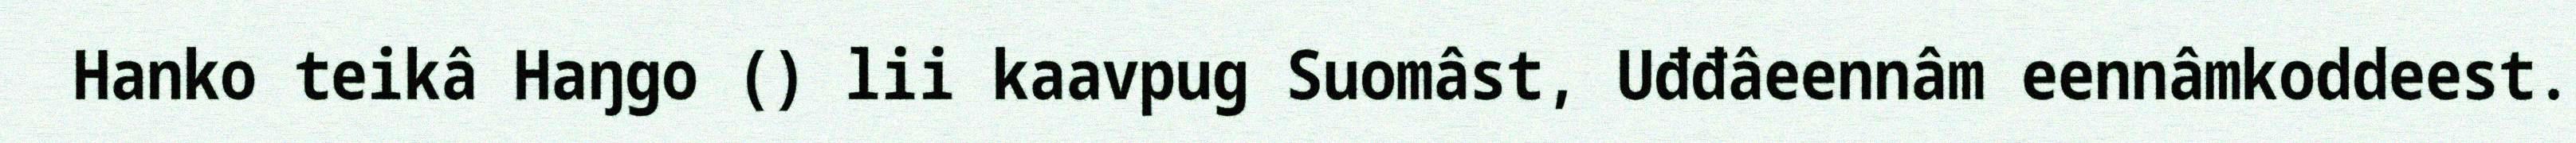
Hanko teikâ Haŋgo () lii kaavpug Suomâst, Uđđâeennâm eennâmkoddeest.